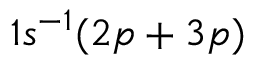
1 s ^ { - 1 } ( 2 p + 3 p )